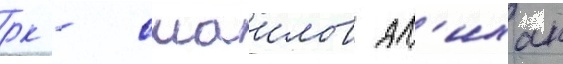
рк - смаилов ал'ихан